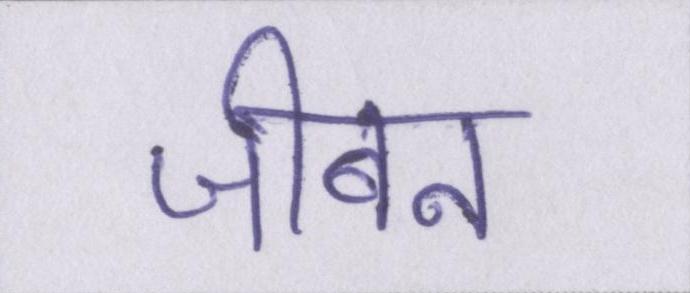
जीबन